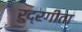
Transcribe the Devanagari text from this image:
रुद्रगीता